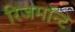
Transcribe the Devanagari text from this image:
रिजमॉन्ट